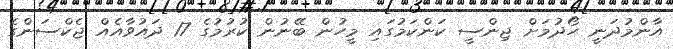
އާންމުދަނީ ހޯދުމަށް ޖިންސީ ކަންކަމުގައި މީހުން ބޭނުން ކުރުމުގެ 17 ދައުވާއެއް ޖެކްސަންގެ